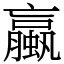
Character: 蠃